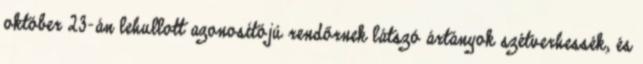
október 23-án lehullott azonosítójú rendőrnek látszó ártányok szétverhessék, és